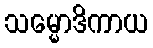
သမ္မောဒိကာယ